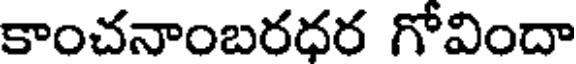
కాంచనాంబరధర గోవిందా